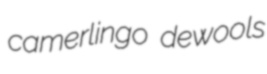
camerlingo dewools